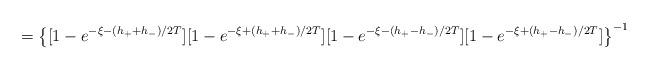
LaTeX: \begin{align*}=\left \{ [1-e^{-\xi-(h_++h_-)/2T}][1-e^{-\xi+(h_++h_-)/2T}][1-e^{-\xi-(h_+-h_-)/2T}][1-e^{-\xi+(h_+-h_-)/2T}] \right \}^{-1}\end{align*}